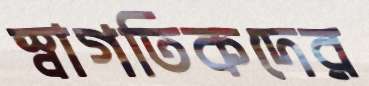
স্বাগতিকদের